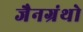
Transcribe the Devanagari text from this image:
जैनग्रंथो